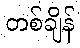
တစ်ချိန်